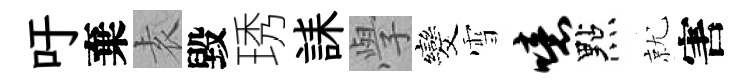
吁棄𡊮毀琇誄𭓕发雪噫點就害